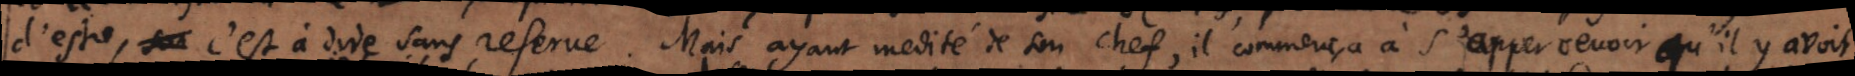
d’estre, c’est à dire sans reserve. Mais ayant medité de son chef, il commença à s’appercevoir qu’il y avoit